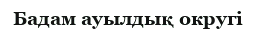
Бадам ауылдық округі